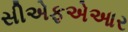
સીએફએઆર